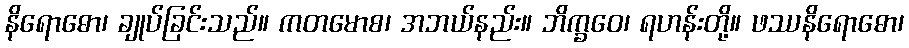
နိရောဓော၊ ချုပ်ခြင်းသည်။ ကတမောစ၊ အဘယ်နည်း။ ဘိက္ခဝေ၊ ရဟန်းတို့။ ဖဿနိရောဓော၊